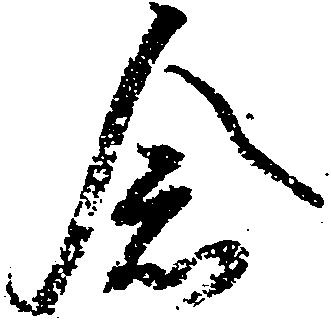
念